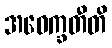
အဝေက္ခတီတိ